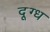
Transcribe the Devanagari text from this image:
दूग्ध